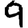
Digit: 9